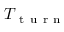
T _ { \mathrm { ~ t ~ u ~ r ~ n ~ } }